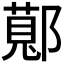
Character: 𬪖